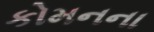
કોમનના